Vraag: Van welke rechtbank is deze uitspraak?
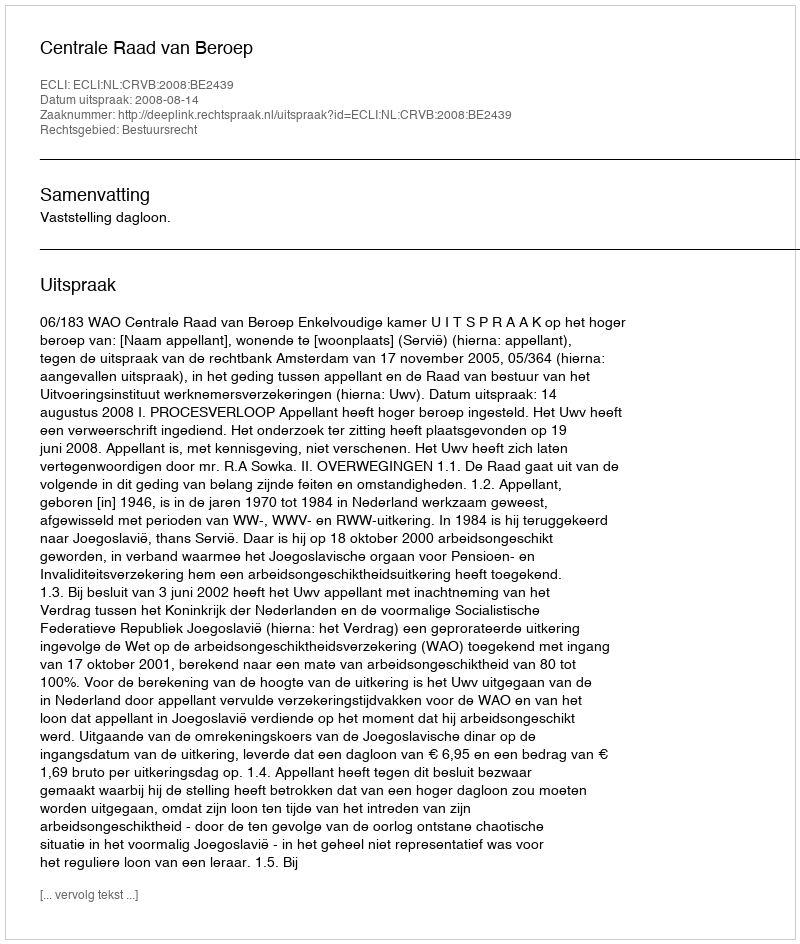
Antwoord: Centrale Raad van Beroep